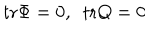
LaTeX: \mathrm { t r } \Phi = 0 , \ \ \mathrm { t r } Q = 0 \label n